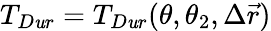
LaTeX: T_{D\mathit{u}r}=T_{D\mathit{u}r}(\theta,\theta_{2},\Delta\vec{{r}})